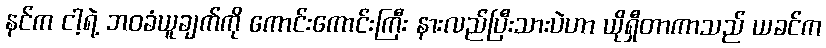
နင်က ငါ့ရဲ့ ဘဝခံယူချက်ကို ကောင်းကောင်းကြီး နားလည်ပြီးသားပဲဟာ ယိုရှီတာကာသည် ယခင်က